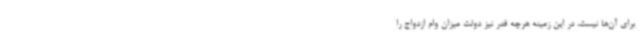
برای آن‌ها نیست، در این زمینه هرچه قدر نیز دولت میزان وام ازدواج را